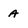
Character: a